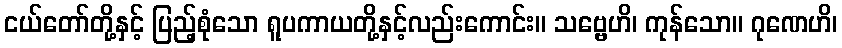
ငယ်တော်တို့နှင့် ပြည့်စုံသော ရူပကာယတို့နှင့်လည်းကောင်း။ သဗ္ဗေဟိ၊ ကုန်သော။ ဂုဏေဟိ၊